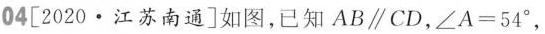
04[2020·江苏南通]如图，已知AB\parallel CD，$$∠ A = 5 4 °$$，